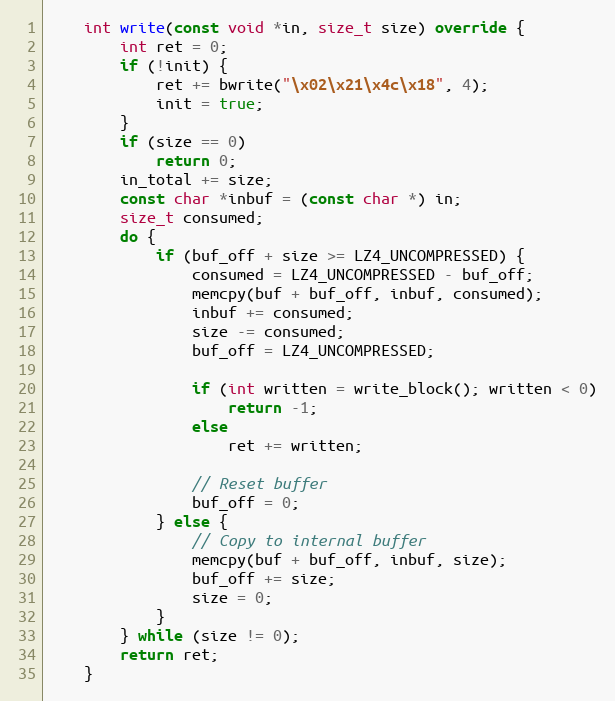
Language: C++
    int write(const void *in, size_t size) override {
        int ret = 0;
        if (!init) {
            ret += bwrite("\x02\x21\x4c\x18", 4);
            init = true;
        }
        if (size == 0)
            return 0;
        in_total += size;
        const char *inbuf = (const char *) in;
        size_t consumed;
        do {
            if (buf_off + size >= LZ4_UNCOMPRESSED) {
                consumed = LZ4_UNCOMPRESSED - buf_off;
                memcpy(buf + buf_off, inbuf, consumed);
                inbuf += consumed;
                size -= consumed;
                buf_off = LZ4_UNCOMPRESSED;

                if (int written = write_block(); written < 0)
                    return -1;
                else
                    ret += written;

                // Reset buffer
                buf_off = 0;
            } else {
                // Copy to internal buffer
                memcpy(buf + buf_off, inbuf, size);
                buf_off += size;
                size = 0;
            }
        } while (size != 0);
        return ret;
    }